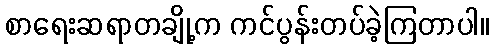
စာရေးဆရာတချို့က ကင်ပွန်းတပ်ခဲ့ကြတာပါ။